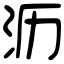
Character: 沥